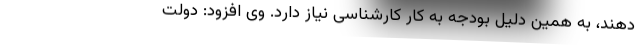
دهند، به همین دلیل بودجه به کار کارشناسی نیاز دارد. وی افزود: دولت